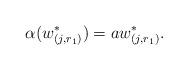
LaTeX: \begin{align*}\alpha(w^*_{(j,r_1)})=aw^*_{(j,r_1)}.\end{align*}